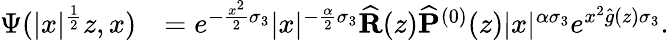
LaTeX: \begin{array}{rl}{\Psi(|x|^{\frac{1}{2}}z,x)}&{=e^{-\frac{x^{2}}{2}\sigma_{3}}|x|^{-\frac{\alpha}{2}\sigma_{3}}\widehat{\mathbf{R}}(z)\widehat{\mathbf{P}}^{(0)}(z)|x|^{\alpha\sigma_{3}}e^{x^{2}\widehat{g}(z)\sigma_{3}}.}\end{array}